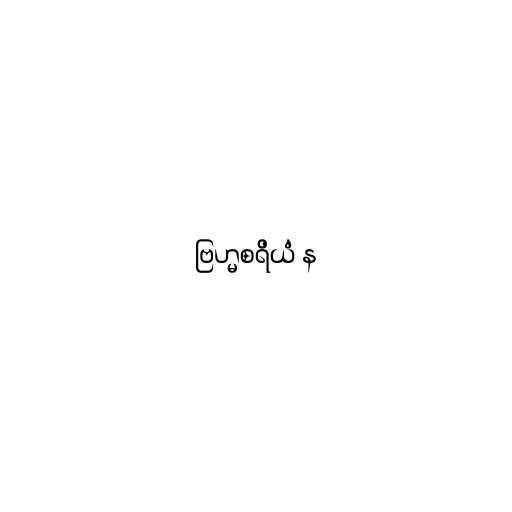
ဗြဟ္မစရိယံ န